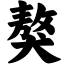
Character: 獒